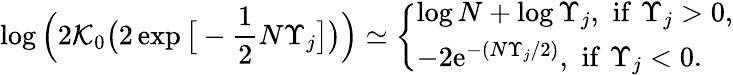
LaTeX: \log\Big(2\mathcal{K}_{0}\big(2\exp\big[-\frac{{1}}{{2}}N\Upsilon_{j}\big]\big)\Big)\simeq\left\{ \begin{array}{ll}{\log N+\log\Upsilon_{j},\, \, \mathrm{if}\, \, \Upsilon_{j}>0,}\\ {-2\mathrm{e}^{-(N\Upsilon_{j}/2)},\, \, \mathrm{if}\, \, \Upsilon_{j}<0.}\end{array}\right.